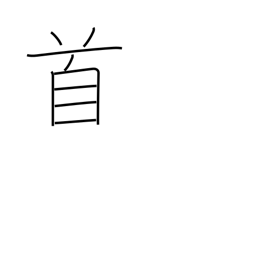
Meaning: counter for songs and poems